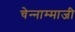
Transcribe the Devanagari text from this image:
चेन्‍नाम्‍माजी